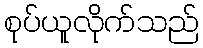
စုပ်ယူလိုက်သည်